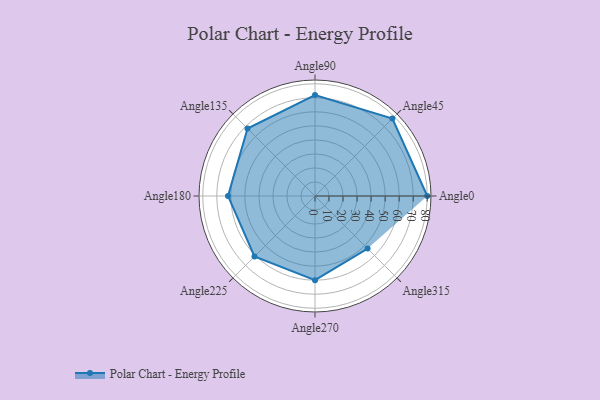
{"axis": {"x": "Angle", "y": "Radius"}, "legend": [""], "data": [{"x": "Angle0", "y": 80.0, "type": ""}, {"x": "Angle45", "y": 78.0, "type": ""}, {"x": "Angle90", "y": 72.0, "type": ""}, {"x": "Angle135", "y": 68.0, "type": ""}, {"x": "Angle180", "y": 62.0, "type": ""}, {"x": "Angle225", "y": 61.0, "type": ""}, {"x": "Angle270", "y": 60.0, "type": ""}, {"x": "Angle315", "y": 53.0, "type": ""}]}